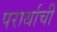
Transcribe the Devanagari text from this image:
परार्थाची